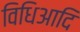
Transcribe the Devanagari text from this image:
विधिआदि